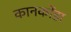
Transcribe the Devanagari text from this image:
कानकोंडा